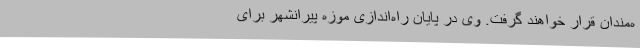
ه‌مندان قرار خواهند گرفت. وی در پایان راه‌اندازی موزه پیرانشهر برای